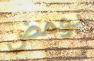
يومض